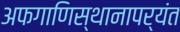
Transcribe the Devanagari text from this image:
अफगाणिस्थानापर्यंत